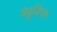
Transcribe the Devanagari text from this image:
वेनुज़ियन